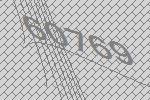
60769